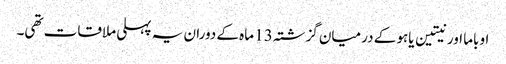
اوباما اور نیتین یاہو کے درمیان گزشتہ 13 ماہ کے دوران یہ پہلی ملاقات تھی۔